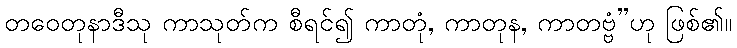
တဝေတုနာဒီသု ကာသုတ်က စီရင်၍ ကာတုံ, ကာတုန, ကာတဗ္ဗံ”ဟု ဖြစ်၏။